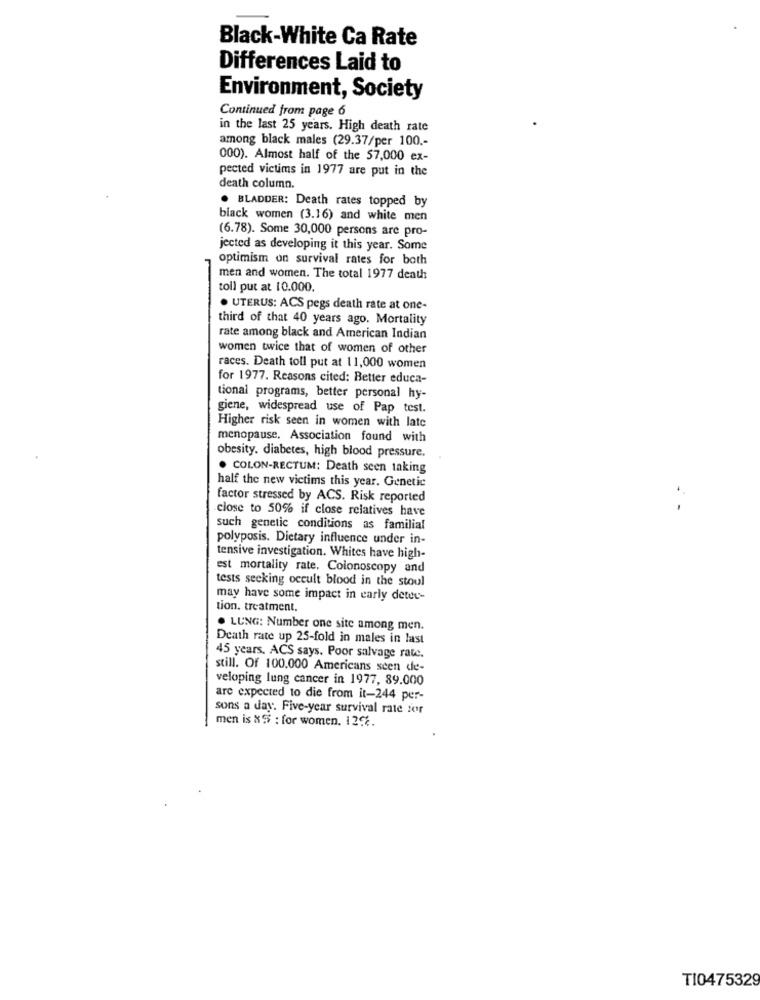
Black-White Ca Rate
Differences Laid to
Environment, Society
Continued from page 6
in the last 25 years. High death rate
among black males (29.37/per 100 .-
000). Almost half of the 57,000 ex-
pected victims in 1977 are put in the
death column.
. BLADDER: Death rates topped by
black women (3.16) and white men
(6.78). Some 30,000 persons are pro-
jected as developing it this year. Some
optimism on survival rates for both
men and women. The total 1977 death
toll put at 10.000.
. UTERUS: ACS pegs death rate at one-
third of that 40 years ago. Mortality
rate among black and American Indian
women twice that of women of other
races. Death toll put at 11,000 women
for 1977. Reasons cited: Better educa-
tional programs, better personal hy-
giene, widespread use of Pap test.
Higher risk seen in women with late
menopause, Association found with
obesity. diabetes, high blood pressure.
. COLON-RECTUM: Death seen taking
half the new victims this year. Genetic
factor stressed by ACS. Risk reported
close to 50% if close relatives have
such genetic conditions as familial
polyposis. Dietary influence under in-
tensive investigation. Whites have high-
est mortality rate. Colonoscopy and
tests seeking occult blood in the stoul
may have some impact in early deter-
tion. treatment.
. LUNG: Number one site among men.
Death rate up 25-fold in males in last
45 years. ACS says. Poor salvage rate.
still. Of 100.000 Americans seen de-
veloping lung cancer in 1977, 89.000
are expected to die from it-244 per-
sons a day. Five-year survival rate for
men is & 5 : for women. 125%.
T10475329